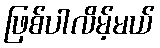
ဖြစ်ပါလိမ့်မယ်